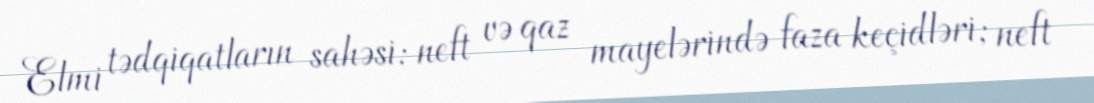
Elmi tədqiqatların sahəsi: neft və qaz mayelərində faza keçidləri; neft